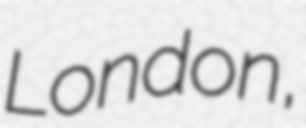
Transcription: London,